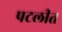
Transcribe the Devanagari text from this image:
पटलीत